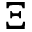
\Xi